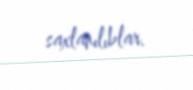
saxlanılıblar.